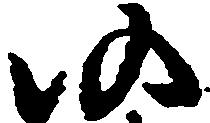
仍